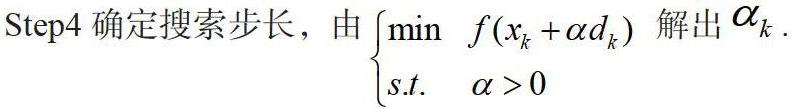
Step4 确定搜索步长，由$\begin{cases}\min\quad f(x_k + \alpha d_k)\\s.t.\quad \alpha > 0\end{cases}$解出$\alpha_k$.